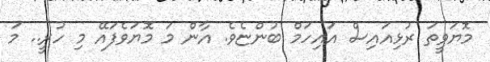
މޮޔަވީތަ ރުޅިއައިސް އައިހަމް ބުންޏެވެ. އާން މަ މޮޔަވެފައޭ މި ހުރީ.. މަ